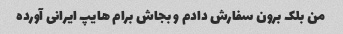
من بلک برون سفارش دادم و بجاش برام هایپ ایرانی آورده